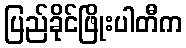
ပြည်ခိုင်ဖြိုးပါတီက